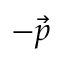
- \vec { p }